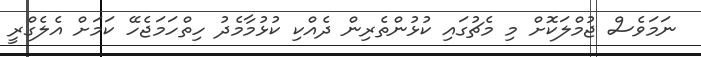
ނަމަވެސް ޖުމްލަކޮށް މި މެޗުގައި ކުޅުންތެރިން ދެއްކި ކުޅުމާމެދު ހިތްހަމަޖެހޭ ކަމަށް އެލެގްރީ